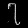
Digit: ၇